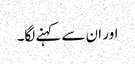
اور ان سے کہنے لگا۔